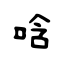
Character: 唅